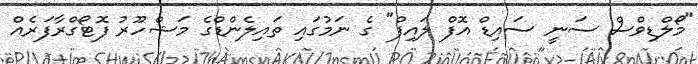
"މޯލްޑިވްސް ސަނީ ސައިޑް އޮފް ލައިފް" ގެ ނަމުގައި ތައިލެންޑްގެ މަޝްހޫރު ފޮޓޯގްރާފަރެއް